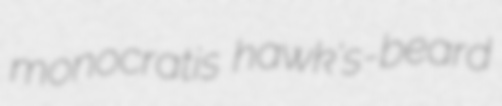
monocratis hawk's-beard